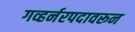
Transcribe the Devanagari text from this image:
गव्हर्नरपदावरून